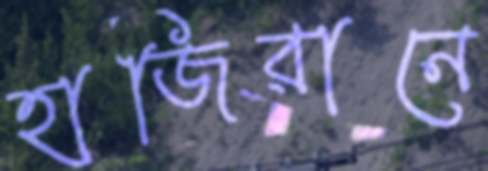
হাজিরানে